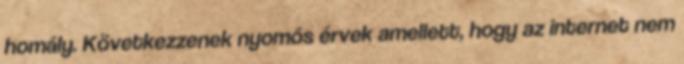
homály. Következzenek nyomós érvek amellett, hogy az internet nem